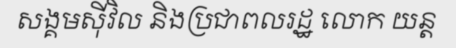
សង្គមស៊ីវិល និងប្រជាពលរដ្ឋ លោក យន្ត